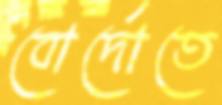
বোর্দোতে